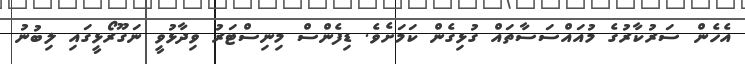
އެހެން ސަރުކާރުގެ މުއައްސަސާތައް ގުޅިގެން ކަމަށެވެ. ޑިފެންސް މިނިސްޓަރު ވިދާޅުވީ ނަގޫރޯޅީގައި ލިބުނު